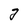
Character: g